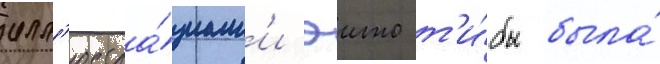
илл'юстра́циам'и эито т'и́бы была́